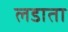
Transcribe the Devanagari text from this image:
लडाता